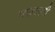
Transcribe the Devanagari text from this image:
सख्याहरी